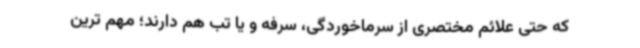
که حتی علائم مختصری از سرماخوردگی، سرفه و یا تب هم دارند؛ مهم ترین